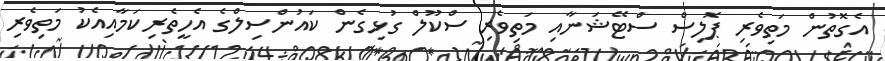
އެގޮތުން މަތިވެރި ޕޮލިސް ސްޓޭޝަނާއި މަތިވެރި ސްކޫލް ގުޅިގެން ކައުންސިލްގެ އެހީތެރިކަމާއިއެކު މަތިވެރި